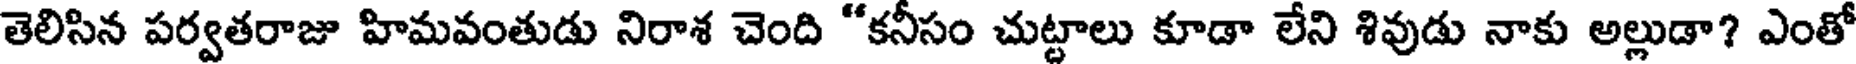
తెలిసిన పర్వతరాజు హిమవంతుడు నిరాశ చెంది "కనీసం చుట్టాలు కూడా లేని శివుడు నాకు అల్లుడా? ఎంతో